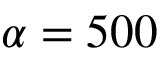
\alpha = 5 0 0